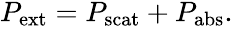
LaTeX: \begin{array}{r}{P_{\mathrm{ext}}=P_{\mathrm{scat}}+P_{\mathrm{abs}}.}\end{array}